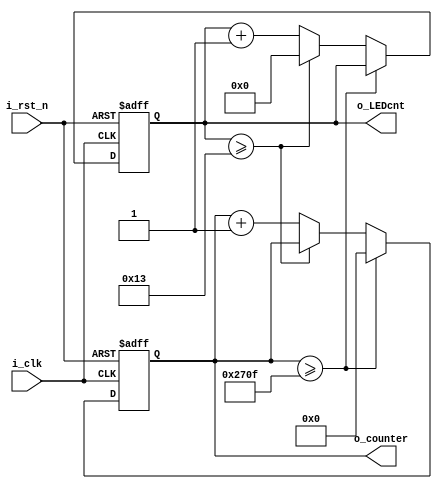
module counter (
    input i_clk,
    input i_rst_n,
    output [13:0] o_counter,
    output [4:0] o_LEDcnt
);
    reg [13:0] r_counter = 0;
    reg [4:0] r_LEDcnt=0;

    assign o_counter = r_counter;
    assign o_LEDcnt = r_LEDcnt;

    always @(posedge i_clk or negedge i_rst_n) begin
        if (!i_rst_n) begin
            r_counter <= 0;
            r_LEDcnt<=0;
        end
        else begin
            if (r_counter >= 10000-1) begin
                r_counter <= 0;
            end
            else if(r_LEDcnt >= 19)begin
                r_LEDcnt<=0;
            end
            else begin
                r_LEDcnt<= r_LEDcnt+1;
                r_counter <= r_counter + 1;
            end
        end
    end
endmodule